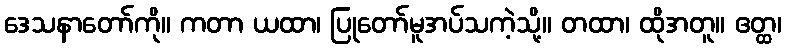
ဒေသနာတော်ကို။ ကတာ ယထာ၊ ပြုတော်မူအပ်သကဲ့သို့။ တထာ၊ ထိုအတူ။ ဧတ္ထ၊